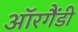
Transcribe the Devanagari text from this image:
ऑरगैंडी